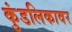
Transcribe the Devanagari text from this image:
कुंडलिकावर